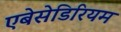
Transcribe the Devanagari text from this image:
एबेसेडिरियम